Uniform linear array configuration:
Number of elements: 4
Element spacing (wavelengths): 1
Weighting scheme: cosine
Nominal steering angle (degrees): -30
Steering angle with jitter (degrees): -30.299
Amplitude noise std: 0.05
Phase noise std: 0.05

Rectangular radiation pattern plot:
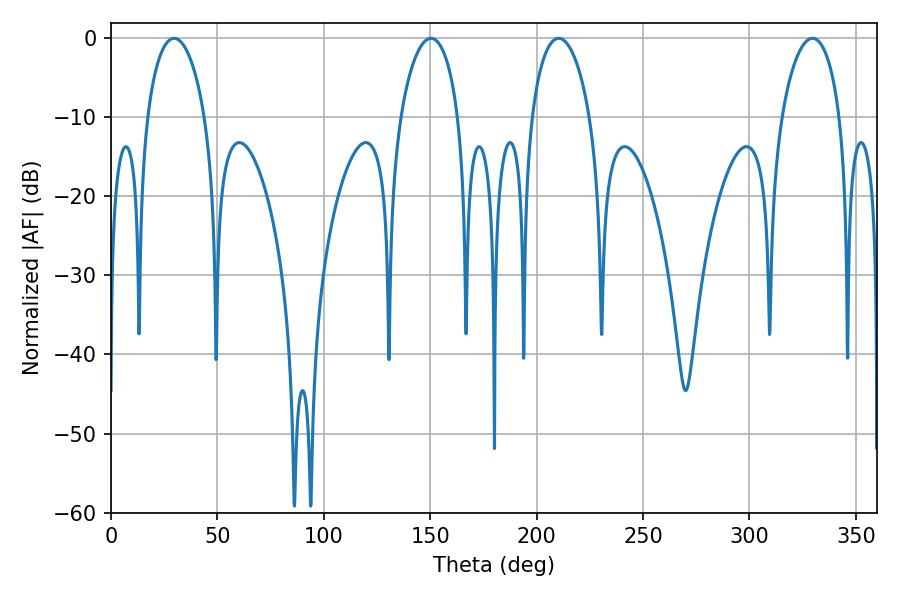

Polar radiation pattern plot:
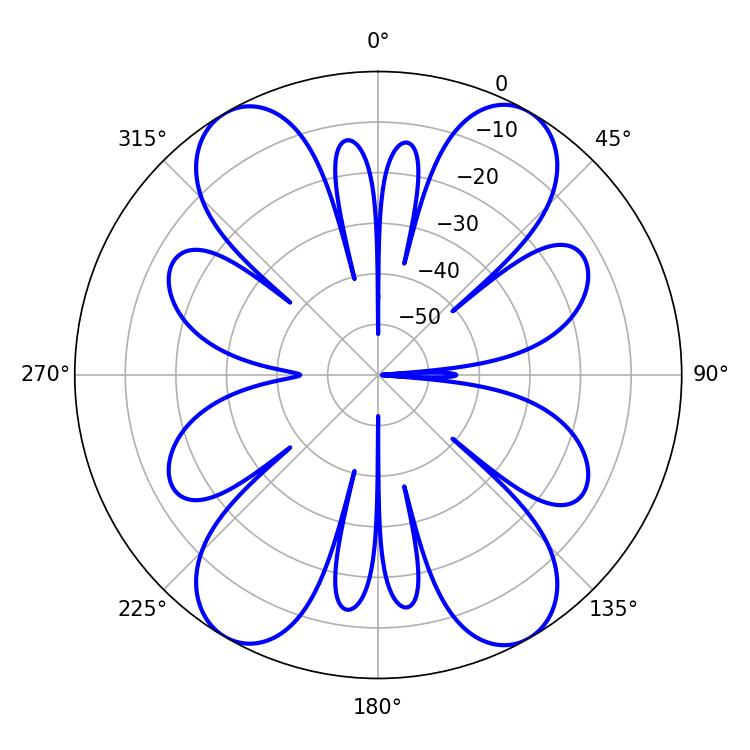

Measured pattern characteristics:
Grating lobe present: TRUE
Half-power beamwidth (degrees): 15.66
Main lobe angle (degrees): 29.7